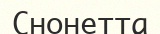
Снонетта